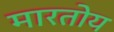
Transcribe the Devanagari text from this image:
मारतोय